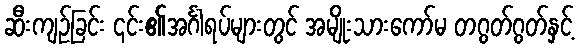
ဆီးကျဉ်ခြင်း ၎င်း၏အင်္ဂါရပ်များတွင် အမျိုးသားကော်မ တဂွတ်ဂွတ်နှင့်